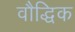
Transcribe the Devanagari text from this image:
वौद्धिक